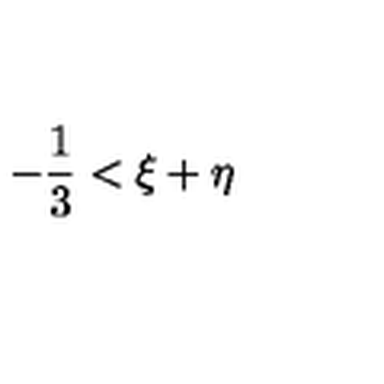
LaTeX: - { \frac { 1 } { 3 } } < \xi + \eta